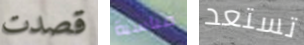
قصدت مناسبة تستعد